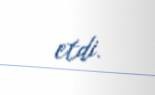
etdi.